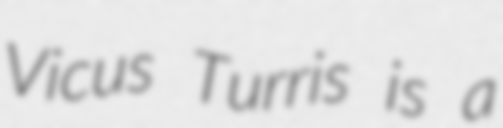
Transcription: Vicus Turris is a